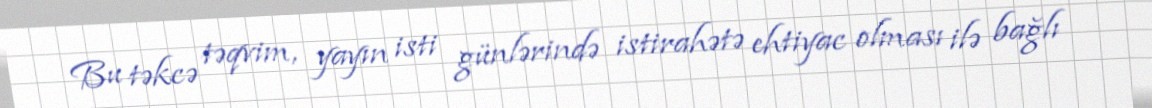
Bu təkcə təqvim, yayın isti günlərində istirahətə ehtiyac olması ilə bağlı